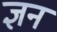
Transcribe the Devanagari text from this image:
ज्ञन